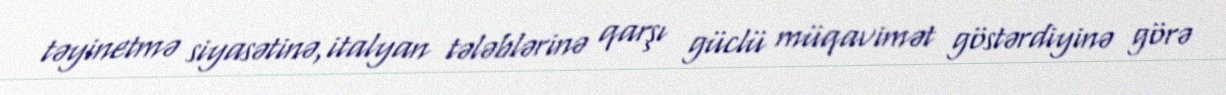
təyinetmə siyasətinə,italyan tələblərinə qarşı güclü müqavimət göstərdiyinə görə